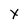
Character: Y